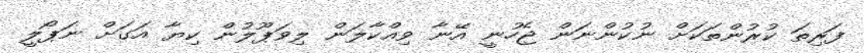
ފަރިތަ ކުރުންތަކަށް ނުކުންނަން ޖެހުނީ އޭނާ ވިއްކާލަން ލިވަޕޫލުން ކިޔާ އަގަށް ނަޕޯލީ